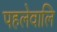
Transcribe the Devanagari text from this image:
पहलेवालि